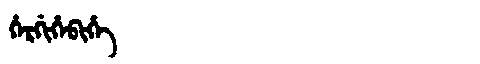
Manchu: ᡥᡝᡵᡤᡳᡥᡝᠪᡳᡥᡝ
Romanization: HERGIHEBIHE